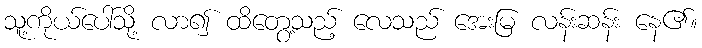
သူ့ကိုယ်ပေါ်သို့ လာ၍ ထိတွေ့သည့် လေသည် အေးမြ လန်းဆန်း နေ၏။